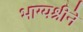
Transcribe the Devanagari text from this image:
भाग्यश्रीने